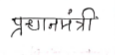
मजकूर: प्रधानमंत्री